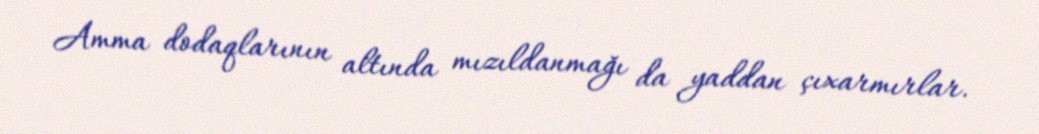
Amma dodaqlarının altında mızıldanmağı da yaddan çıxarmırlar.